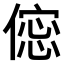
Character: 𠍌